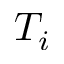
T _ { i }